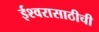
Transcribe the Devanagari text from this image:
ईश्वरासाठीची